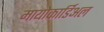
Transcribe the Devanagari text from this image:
मायोकार्डिअल